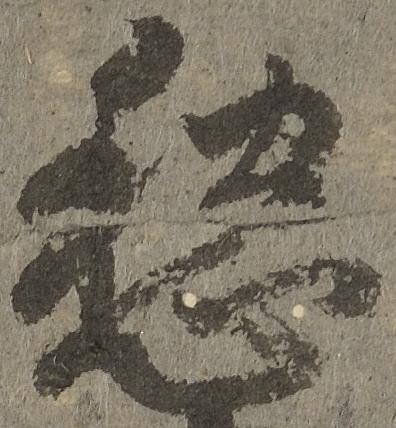
愁